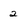
Character: 2